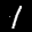
Label: 1